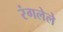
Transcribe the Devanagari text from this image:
रंगलेले